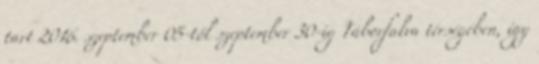
tart 2016. szeptember 05-től szeptember 30-ig Táborfalva térségében, így